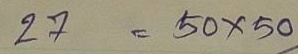
27 = 50x50